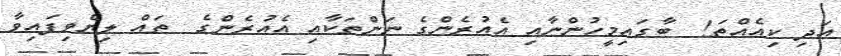
އަދި ކިއެއްތަ!  ބާގައިމީހުންނާއި އެއުރެންގެ ނަންތަކާއި އެއުރެންގެ  ތައް ލިޔެވިފައިވާ